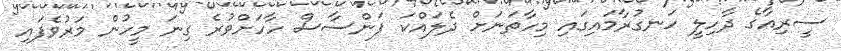
ސީރިއާގެ ދާހިލީ ހަނގުރާމައިގައި މިހާތަނަށް ދެލައްކަ ފަންސާސް ހާހަށްވުރެ ގިނަ މީހުން މަރުވެފައި